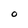
Character: 0